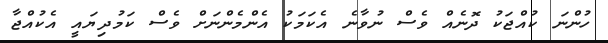
ހުންނަ ކުއްޖަކު ދޮނެއް ވެސް ނުވާނެ އެކަމަކު އެންމެންނަށް ވެސް ކަމުދިޔައީ އެކުއްޖާ